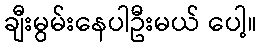
ချီးမွမ်းနေပါဦးမယ် ပေါ့။